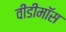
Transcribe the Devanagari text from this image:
वीडीमॉस